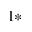
^ { 1 * }